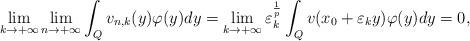
LaTeX: \begin{align*}\begin{array}{lll}\displaystyle{\lim_{k \to+\infty}\lim_{n\to +\infty}\int_Q v_{n,k}(y)\varphi (y)dy=\lim_{k \to +\infty}\varepsilon_k^{\frac{1}{p}} \int_Q v(x_0+ \varepsilon_k y)\varphi(y)dy=0,} \end{array}\end{align*}